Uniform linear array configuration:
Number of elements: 16
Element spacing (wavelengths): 1
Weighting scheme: blackman
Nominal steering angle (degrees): -30
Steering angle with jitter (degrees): -29.358
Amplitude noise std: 0.05
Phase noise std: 0.05

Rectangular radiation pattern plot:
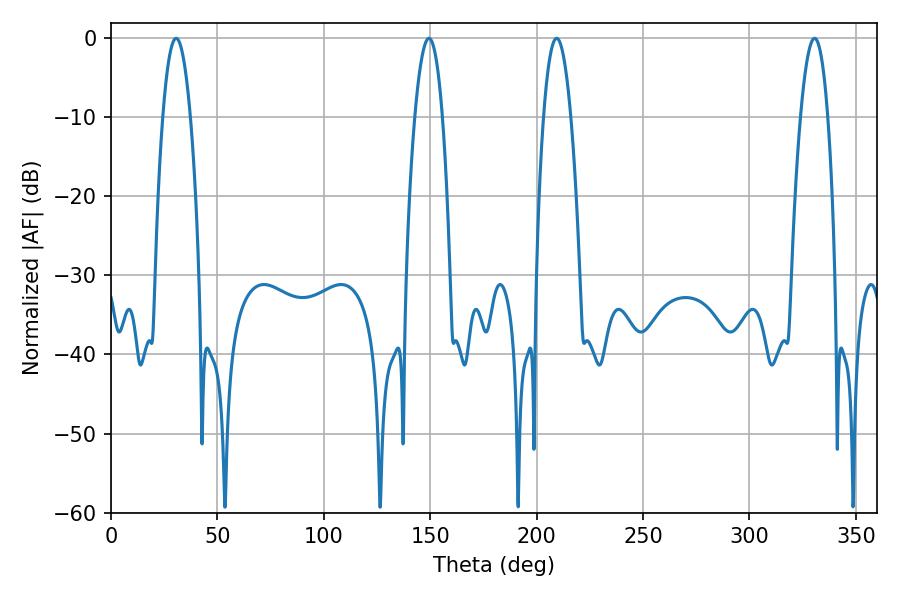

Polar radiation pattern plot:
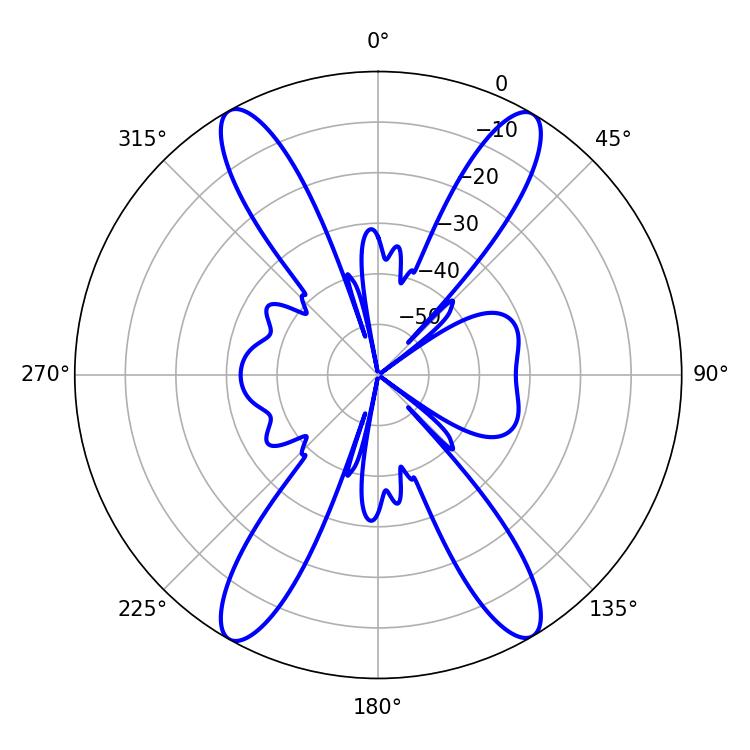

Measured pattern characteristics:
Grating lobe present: TRUE
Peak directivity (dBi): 24.865
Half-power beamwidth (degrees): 7.02
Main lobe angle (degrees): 30.6